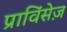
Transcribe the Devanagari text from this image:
प्राविंसेज़